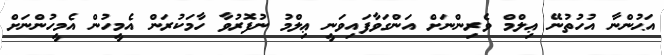
އަޙުންނާ އުހުތުނޭ ޢިލްމް ވެރިންނަށް އަންގަވާފައިވަނީ ޢިލްމު ނުފޮރުވާ ހާމަކުރަން އެމީހުން އެމީހުންނަށް